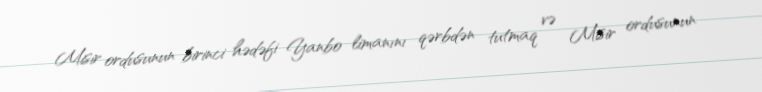
Misir ordusunun birinci hədəfi Yanbo limanını qərbdən tutmaq və Misir ordusunun